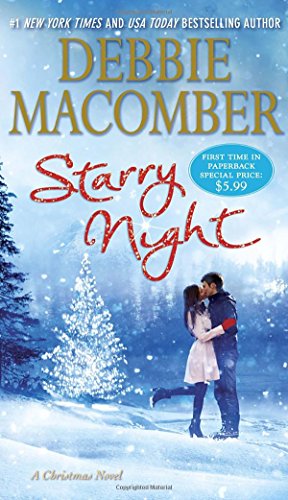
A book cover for Starry Night: A Christmas Novel; Debbie Macomber; Romance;